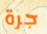
جرة